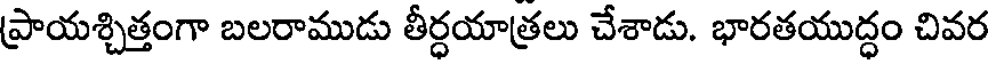
ప్రాయశ్చిత్తంగా బలరాముడు తీర్ధయాత్రలు చేశాడు. భారతయుద్ధం చివర